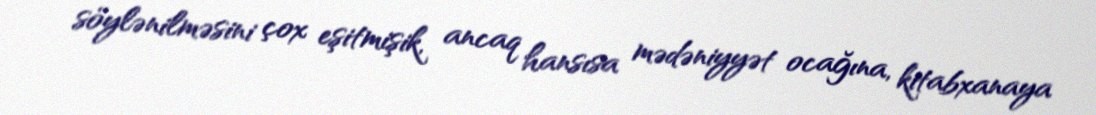
söylənilməsini çox eşitmişik, ancaq hansısa mədəniyyət ocağına, kitabxanaya